Report of the Municipal Commissioner on the plague in Bombay for the year ending 31st May... - Volume 2
Disease focus: Plague
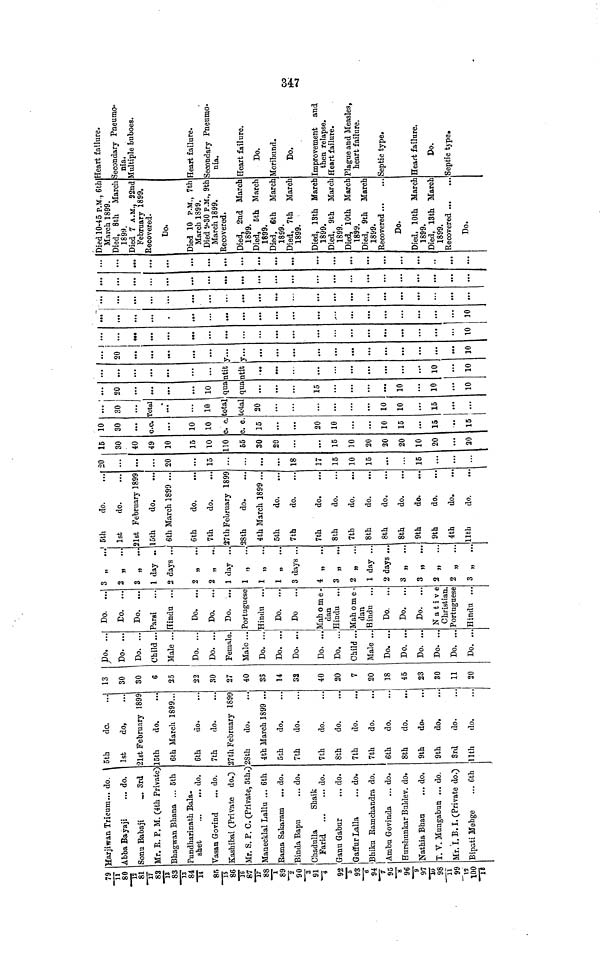
79
11
80
12
81
17
82
13
83
13
84
14
85
15
86
16 87
17
88
1
89
2 90
3
91
4
92
5
93
6
94
7
95
8
96
9
97
10
98
11
99
12
100
13
Harjiwan Tricum... do.
Abba Bayaji
... do.
Sonu Babaji
... 3rd
Mr. E. P. M. (4th Private)
Bhagwan Bhana ... 5th
Pundharinath Bala-
shet
do.
Vasan Govind
... do.
Kashibai (Private do.)
Mr. S. P. C. (Private, 5th.)
Manecklal Lallu ... 6th
Rama Sakaram ... do.
Binda Bapu
... do.
Chadulla
Shaik
Farid
do.
Ganu Gabur
... do.
Gaffur Lalla
... do.
Bhiku Ramchandra do.
Ambu Govinda ... do.
Hurshunkar Buldev. do.
Nathia Bhan ... do.
T. V. Mungabun ... do.
Mr. I. B.I. (Private do.)
Bipati Mehge
... 6th
5th
do.
1st
do,
21st February 1899
15th
do.
6th March 1899...
6th
do.
7th
do.
27th February 1899
2Sth
do.
4th March 1899 ...
5th
do.
7th
do.
7th
do.
8th
do.
7th
do.
7th
do.
6th
do.
8th
do.
9th
do.
9th
do.
3rd
do.
11th
do.
13
30
30
6
25
22
30
27
40
35
14
32
40
20
7
20
18
45
23
30
11
20
Do. ...
Do. ...
Do. ...
Child ...
Male ...
Do. ...
Do. ...
Female.
Male ...
Do. ...
Do. ...
Do. ...
Do. ...
Do. ...
Child ...
Male ...
Do. ...
Do. ...
Do. ...
Do. ...
Do. ...
Do. ...
Do.
...
Do. ...
Do. ...
Parsi
Hindu ...
Do. ...
Do,
...
Do. ...
Portuguese
Hindu ...
Do.
...
Do
Mah o me -
dan
Hindu ...
Mah o me -
dan
Hindu ...
Do.
...
Do.
...
Do.
...
Native
Christian.
Portuguese
Hindu ...
3
2
3
1 day ..
2 days ..
2
2
1 day ...
1
1
1
3 days ...
4
3
2
1 day ...
2 days ...
3
3
2
2
3
5th
do.
1st
do.
21st February 1899
15th
do.
6th March 1899 ..
6th
do.
7th
do.
27th February 1899
28th
do.
4th March 1899 ...
5th
do.
7th
do.
7th
do.
8th
do.
7tb
do.
8th
do.
8th
do.
8th
do.
9th
do.
9th
do.
4th
do.
11th
do.
20
...
20
...
15
...
...
18
17
15
10
15
15
15
30
40
49
10
15
10
110
55
30
20
15
10
20
20
20
10
20
20
10
30
c.c.
10
.10
c.c.
c. c.
15
20
10
10
15
15
15
... ' ...
30
Total
...
10
total
total
20
...
10
10
15
20
10
qua
qua
15
10
10
10
...
ntit
ntit
10
10
...
20
y...
y
10
...
10 10
Died 10-45 P.M., 6th
March 1899.
Died, 8th March
1899.
Died 7 A.M., 22nd
February 1899.
Recovered.
Do.
Died 10 P.M., 7th
March 1899.
Died 9.30 P.M., 9th
March 1899.
Recovered.
Died, 2nd March
1899.
Died, 5th March
1899.
Died, 6th March
1899.
Died, 7th March
1899.
Died, 13th March
1899.
Died, 9th March
1899.
Died, 10th March
1899.
Died, 9th March
1899.
Recovered...
...
Do.
Died, 10th March
1899.
Died, 13th March
1899.
Recovered
Do.
Heart failure.
Secondary Pneumo-
nia.
Multiple buboes.
Heart failure.
Secondary Pneumo-
nia.
Heart failure.
Do.
Moribund.
Do.
Improvement and
then relapse,
Heart failure.
Plague and Measles,
heart failure.
Septic type.
Heart failure.
Do.
Septic type.
347